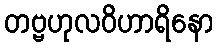
တဗ္ဗဟုလဝိဟာရိနော